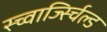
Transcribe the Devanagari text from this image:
स्च्वार्ज्स्चिल्ड